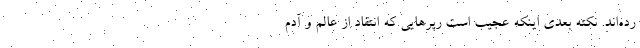
رده‌اند. نکته بعدی اینکه عجیب است رپرهایی که انتقاد از عالم و آدم